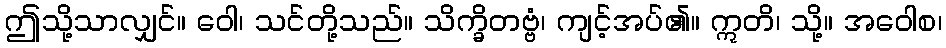
ဤသို့သာလျှင်။ ဝေါ၊ သင်တို့သည်။ သိက္ခိတဗ္ဗံ၊ ကျင့်အပ်၏။ ဣတိ၊ သို့။ အဝေါစ၊